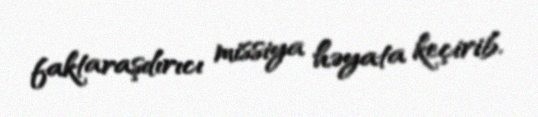
faktaraşdırıcı missiya həyata keçirib.